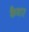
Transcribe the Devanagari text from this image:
कैवार